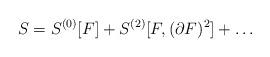
LaTeX: \begin{align*}S=S^{(0)}[F]+S^{(2)}[F,(\partial F)^2]+\dots\end{align*}